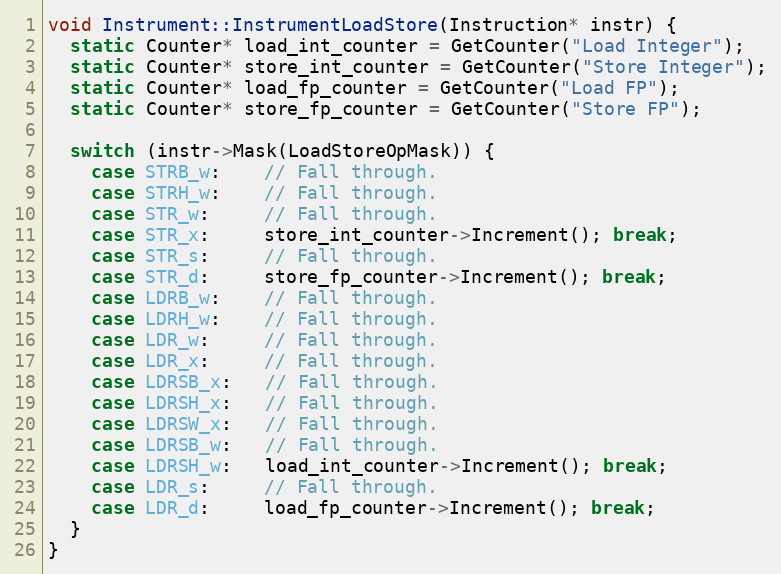
Language: C++
void Instrument::InstrumentLoadStore(Instruction* instr) {
  static Counter* load_int_counter = GetCounter("Load Integer");
  static Counter* store_int_counter = GetCounter("Store Integer");
  static Counter* load_fp_counter = GetCounter("Load FP");
  static Counter* store_fp_counter = GetCounter("Store FP");

  switch (instr->Mask(LoadStoreOpMask)) {
    case STRB_w:    // Fall through.
    case STRH_w:    // Fall through.
    case STR_w:     // Fall through.
    case STR_x:     store_int_counter->Increment(); break;
    case STR_s:     // Fall through.
    case STR_d:     store_fp_counter->Increment(); break;
    case LDRB_w:    // Fall through.
    case LDRH_w:    // Fall through.
    case LDR_w:     // Fall through.
    case LDR_x:     // Fall through.
    case LDRSB_x:   // Fall through.
    case LDRSH_x:   // Fall through.
    case LDRSW_x:   // Fall through.
    case LDRSB_w:   // Fall through.
    case LDRSH_w:   load_int_counter->Increment(); break;
    case LDR_s:     // Fall through.
    case LDR_d:     load_fp_counter->Increment(); break;
  }
}